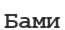
Бами